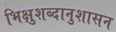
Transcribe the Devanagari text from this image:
भिक्षुशब्दानुशासन